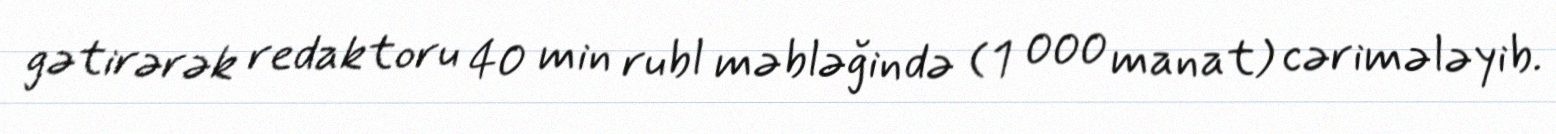
gətirərək redaktoru 40 min rubl məbləğində (1 000 manat) cərimələyib.